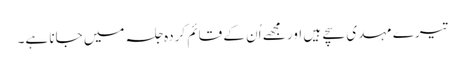
تیرے مہدی سچے ہیں اور مجھے اُن کے قائم کردہ جلسہ میں جانا ہے۔